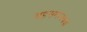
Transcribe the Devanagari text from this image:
सहसमन्वयक